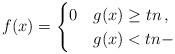
LaTeX: \begin{align*}f(x) =\begin{cases}0 & g(x)\ge tn\, ,\\ & g(x)< tn - \end{cases}\end{align*}